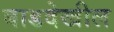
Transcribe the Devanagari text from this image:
बाडदेखील